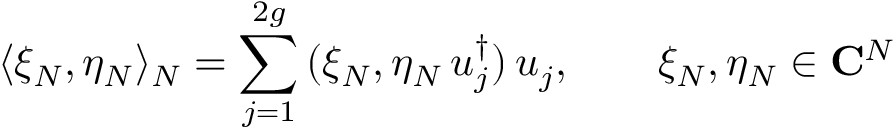
\langle \xi _ { N } , \eta _ { N } \rangle _ { N } = \sum _ { j = 1 } ^ { 2 g } \, ( \xi _ { N } , \eta _ { N } \, u _ { j } ^ { \dagger } ) \, u _ { j } , \qquad \xi _ { N } , \eta _ { N } \in { \bf C } ^ { N }